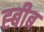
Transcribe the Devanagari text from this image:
ह्बीब